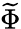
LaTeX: \widetilde{\Phi}